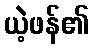
ယဲ့ဖန်၏